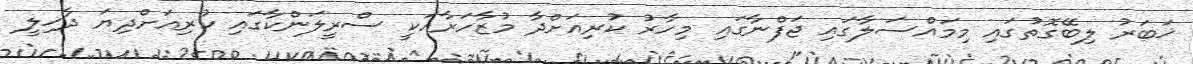
ޚަބަރު ލިބޭގޮތުގައި މިމައްސަލާގައި ޖަފްނާގައި މިހާރު ކުރިއަށްދާ މުޒާހަރާއަކީ ސްރީލަންކާގައި ކުރިއަށްދިޔަ ދާޚިލީ